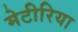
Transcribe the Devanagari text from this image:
मेटीरिया